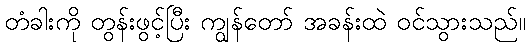
တံခါးကို တွန်းဖွင့်ပြီး ကျွန်တော် အခန်းထဲ ဝင်သွားသည်။